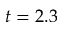
t = 2 . 3